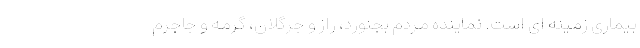
بیماری زمینه ای است. نماینده مردم بجنورد، راز و جرگلان، گرمه و جاجرم